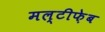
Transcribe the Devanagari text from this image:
मल्टीफ़ेब